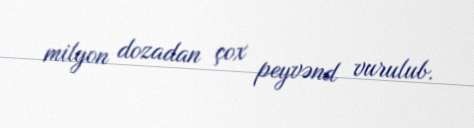
milyon dozadan çox peyvənd vurulub.